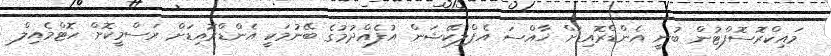
މައިކްރޮސޮފްޓުން ބުނީ އެންޑްރޮއިޑަށް ޚާއްސަ އެޕްލިކޭޝަން އުފެއްދުމުގެ ބޭނުމަކީ އެންޑްރޮއިޑަށް ރަސްމީކޮށް ހޮޓްމެއިލް